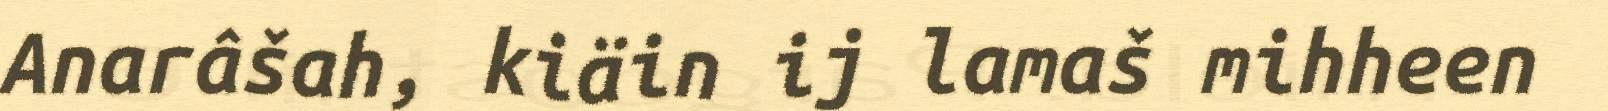
Anarâšah, kiäin ij lamaš mihheen